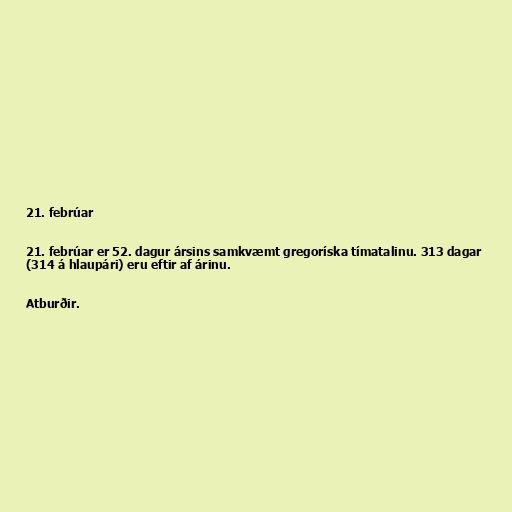
21. febrúar

21. febrúar er 52. dagur ársins samkvæmt gregoríska tímatalinu. 313 dagar
(314 á hlaupári) eru eftir af árinu.

Atburðir.